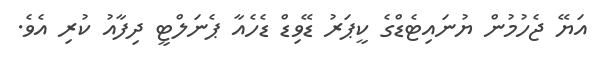
އަޔޭ ޖެހުމުން ޔުނައިޓެޑްގެ ކީޕަރު ޑޭވިޑް ޑެހެއާ ޕެނަލްޓީ ދިފާއު ކުރި އެވެ.